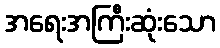
အရေးအကြီးဆုံးသော